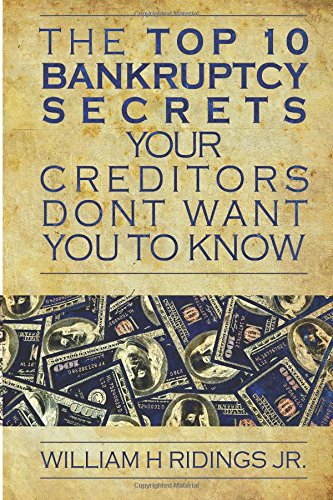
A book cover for The Top 10 Bankruptcy Secrets Your Creditors Don't Want You to Know; William  H Ridings; Law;